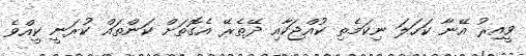
ވީއިރު އޭނާ ކަހަލަ ނިކަމެތި ކުއްޖަކާއި ދޭތެރޭ އެގޮތަށް ކަންތައް ކުރަނީ ކީއްވެ